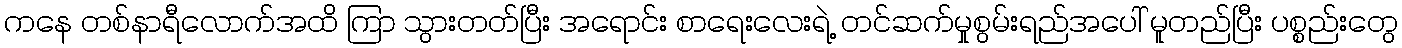
ကနေ တစ်နာရီလောက်အထိ ကြာ သွားတတ်ပြီး အရောင်း စာရေးလေးရဲ့ တင်ဆက်မှုစွမ်းရည်အပေါ် မူတည်ပြီး ပစ္စည်းတွေ